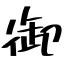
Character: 御